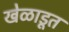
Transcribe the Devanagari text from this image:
खेळाडूत